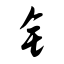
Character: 钅